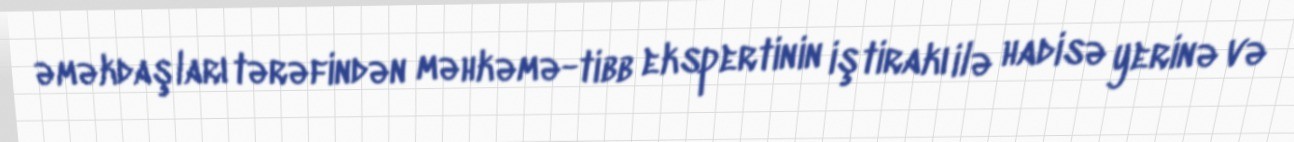
əməkdaşları tərəfindən məhkəmə-tibb ekspertinin iştirakı ilə hadisə yerinə və